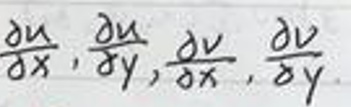
\(\frac{\partial u}{\partial x}, \frac{\partial u}{\partial y}, \frac{\partial v}{\partial x}, \frac{\partial v}{\partial y}\)